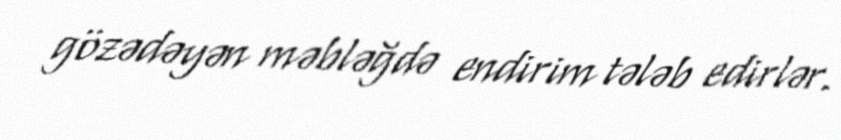
gözədəyən məbləğdə endirim tələb edirlər.